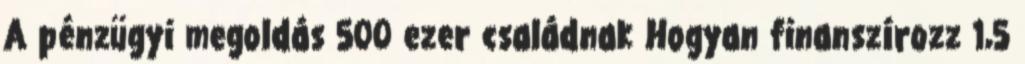
A pénzügyi megoldás 500 ezer családnak Hogyan finanszírozz 1,5